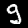
Label: 9